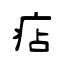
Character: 痁